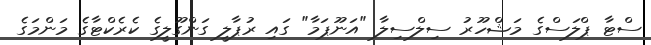
ސްޓާ ޕްލަސްގެ މަޝްހޫރު ސިލްސިލާ "އަނޫޕަމާ" ގައި ރުޕާލީ ގަންގޫލީގެ ކެރެކްޓާގެ މަންމަގެ